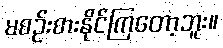
မစဉ်းစားနိုင်ကြတော့ဘူး။